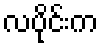
လပိုင်းက